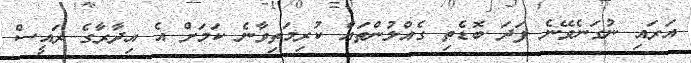
އަރައި ނުގަނެވޭނެ ފަދަ ބޮޑެތި ގެއްލުންތައް ކުރިމަތިވާނެ ކަމަށް އެ އިދާރާގެ ރައީސް